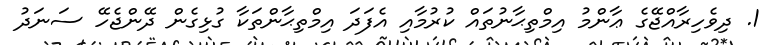
1. ދިވެހިރާއްޖޭގެ ޢާންމު އިމްތިޙާނުތައް ކުރުމާއި އެފަދަ އިމްތިޙާންތަކާ ގުޅިގެން ދޭންޖެހޭ ސަނަދު